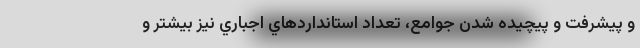
و پيشرفت و پيچيده شدن جوامع، تعداد استانداردهاي اجباري نيز بيشتر و